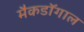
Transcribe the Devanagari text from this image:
मैकडॉगाल